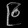
Digit: ၉